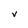
Character: V